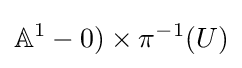
\mathbb {A} ^{1}-0)\times \pi ^{-1}(U)